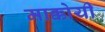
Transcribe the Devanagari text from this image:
माक्कोयी